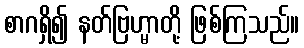
စာဂရှိ၍ နတ်ဗြဟ္မာတို့ ဖြစ်ကြသည်။